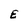
Character: E